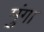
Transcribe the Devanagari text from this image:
मुंगा